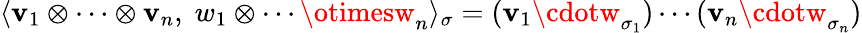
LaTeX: \langle\mathbf{v}_{1}\otimes\cdots\otimes\mathbf{v}_{n},\; w_{1}\otimes\cdots\otimesw_{n}\rangle_{\sigma}=(\mathbf{v}_{1}\cdotw_{\sigma_{1}})\cdots(\mathbf{v}_{n}\cdotw_{\sigma_{n}})